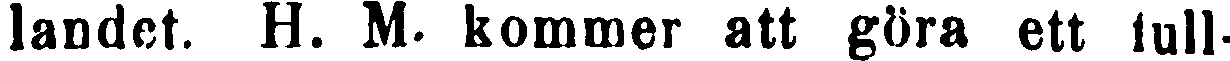
landet. H. M. kommer att göra ett full-